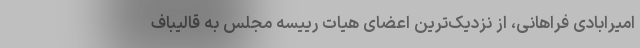
امیرابادی فراهانی، از نزدیک‌ترین اعضای هیات رییسه مجلس به قالیباف